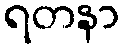
ရတနာ